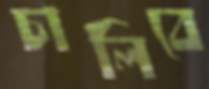
চালিবে